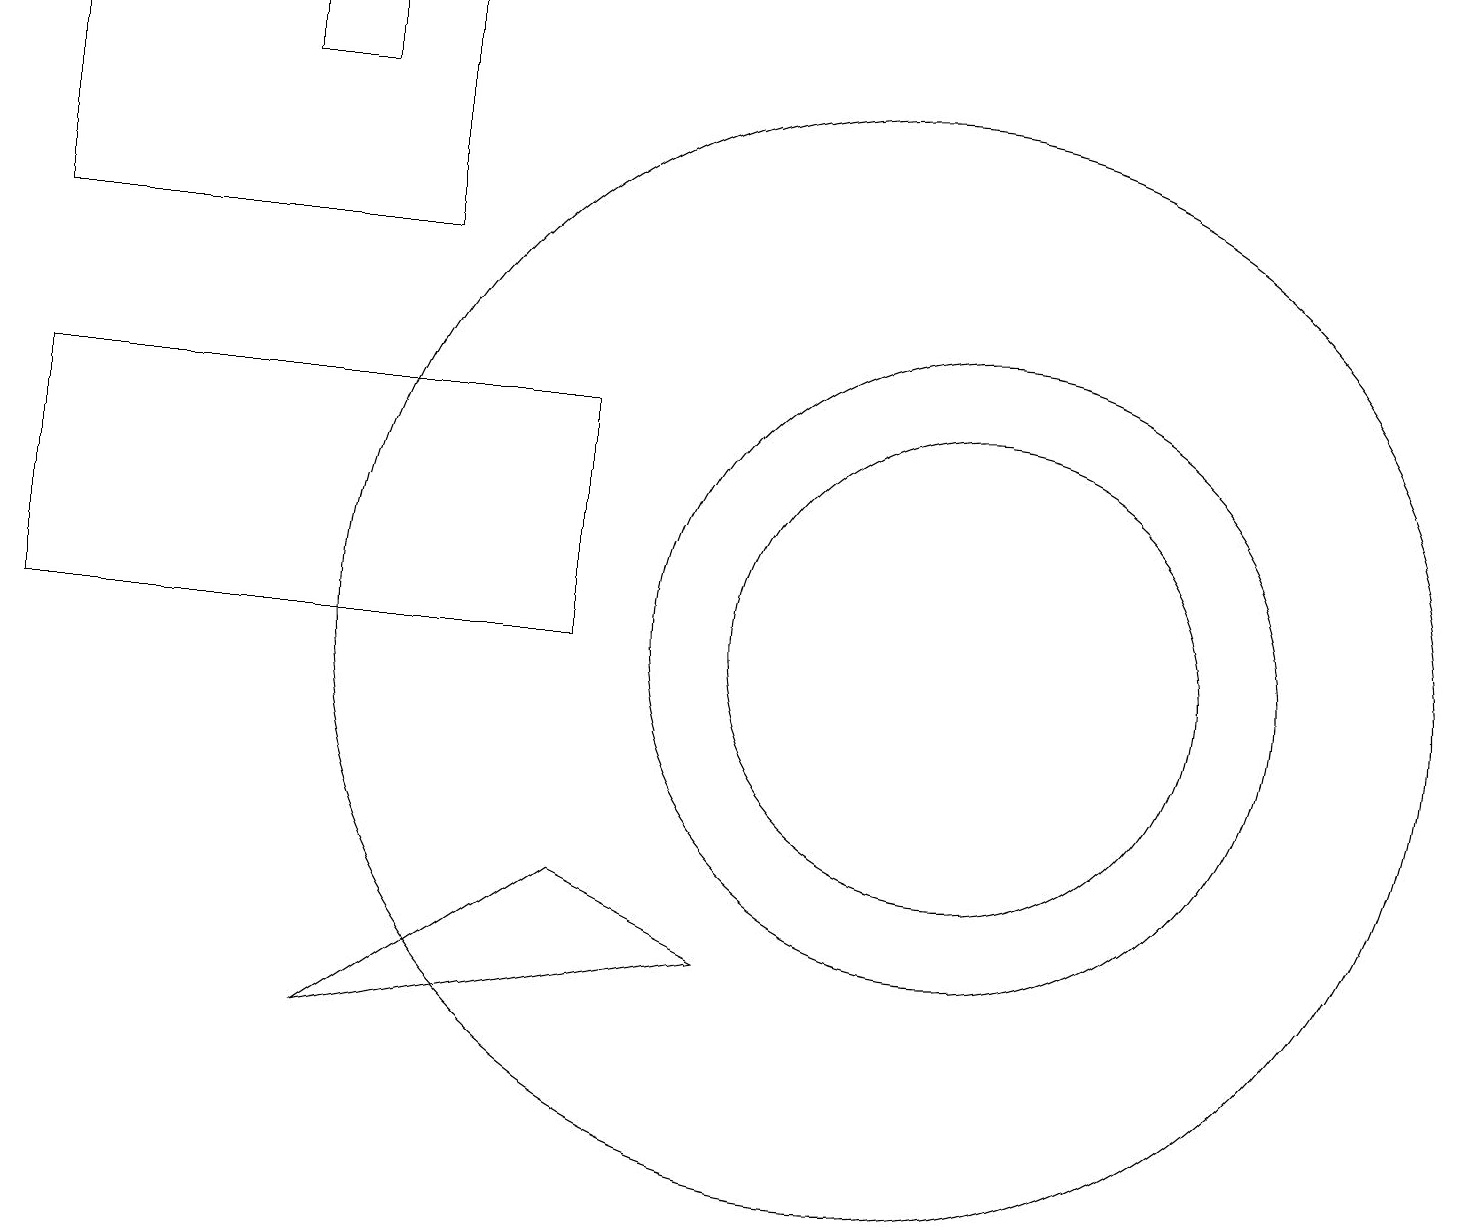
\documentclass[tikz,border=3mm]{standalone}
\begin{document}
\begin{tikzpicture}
\draw (12,11) circle (4);
\draw (7,8) -- (9,7) -- (4,6) -- cycle;
\draw (3,18) rectangle (4,19);
\draw (12,11) circle (3);
\draw (10,11) circle (0);
\draw (11,11) circle (7);
\draw (7,14) rectangle (0,11);
\draw (5,16) rectangle (0,19);
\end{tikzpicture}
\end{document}